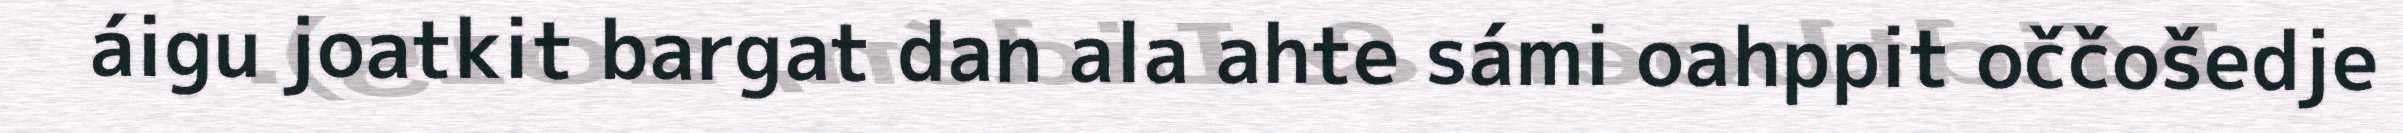
áigu joatkit bargat dan ala ahte sámi oahppit oččošedje